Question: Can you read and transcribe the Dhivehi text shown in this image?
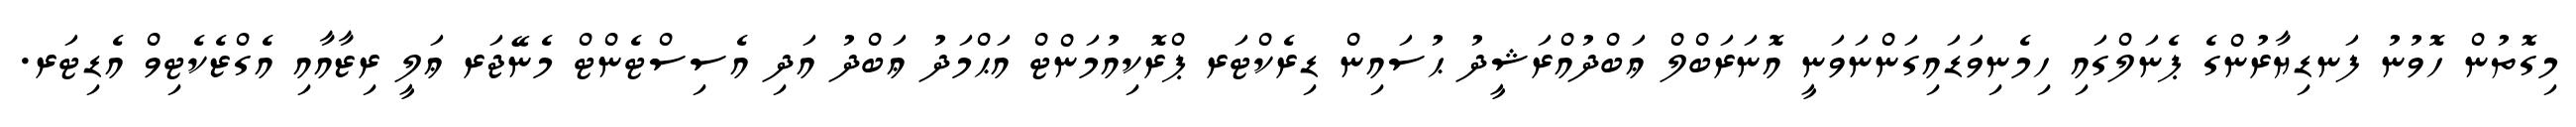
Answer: މިގޮތުން ހޮވުނު ފަނޑިޔާރުންގެ ޕެނަލްގައި ހިމެނިވަޑައިގަންނަވަނީ އޮނަރަބްލް ޢަބްދުއްރަޝީދު ޙުސައިން ޑިރެކްޓަރ ޕްރޮކިއުމަންޓް އަޙްމަދު ޢަބްދު އަދި އެސިސްޓެންޓް މެނޭޖަރ ޢަލީ ރިޒާއާއި އެގްޒެކެޓިވް އެޑިޓަރ.